Rae_vallavalitsus, lk 131
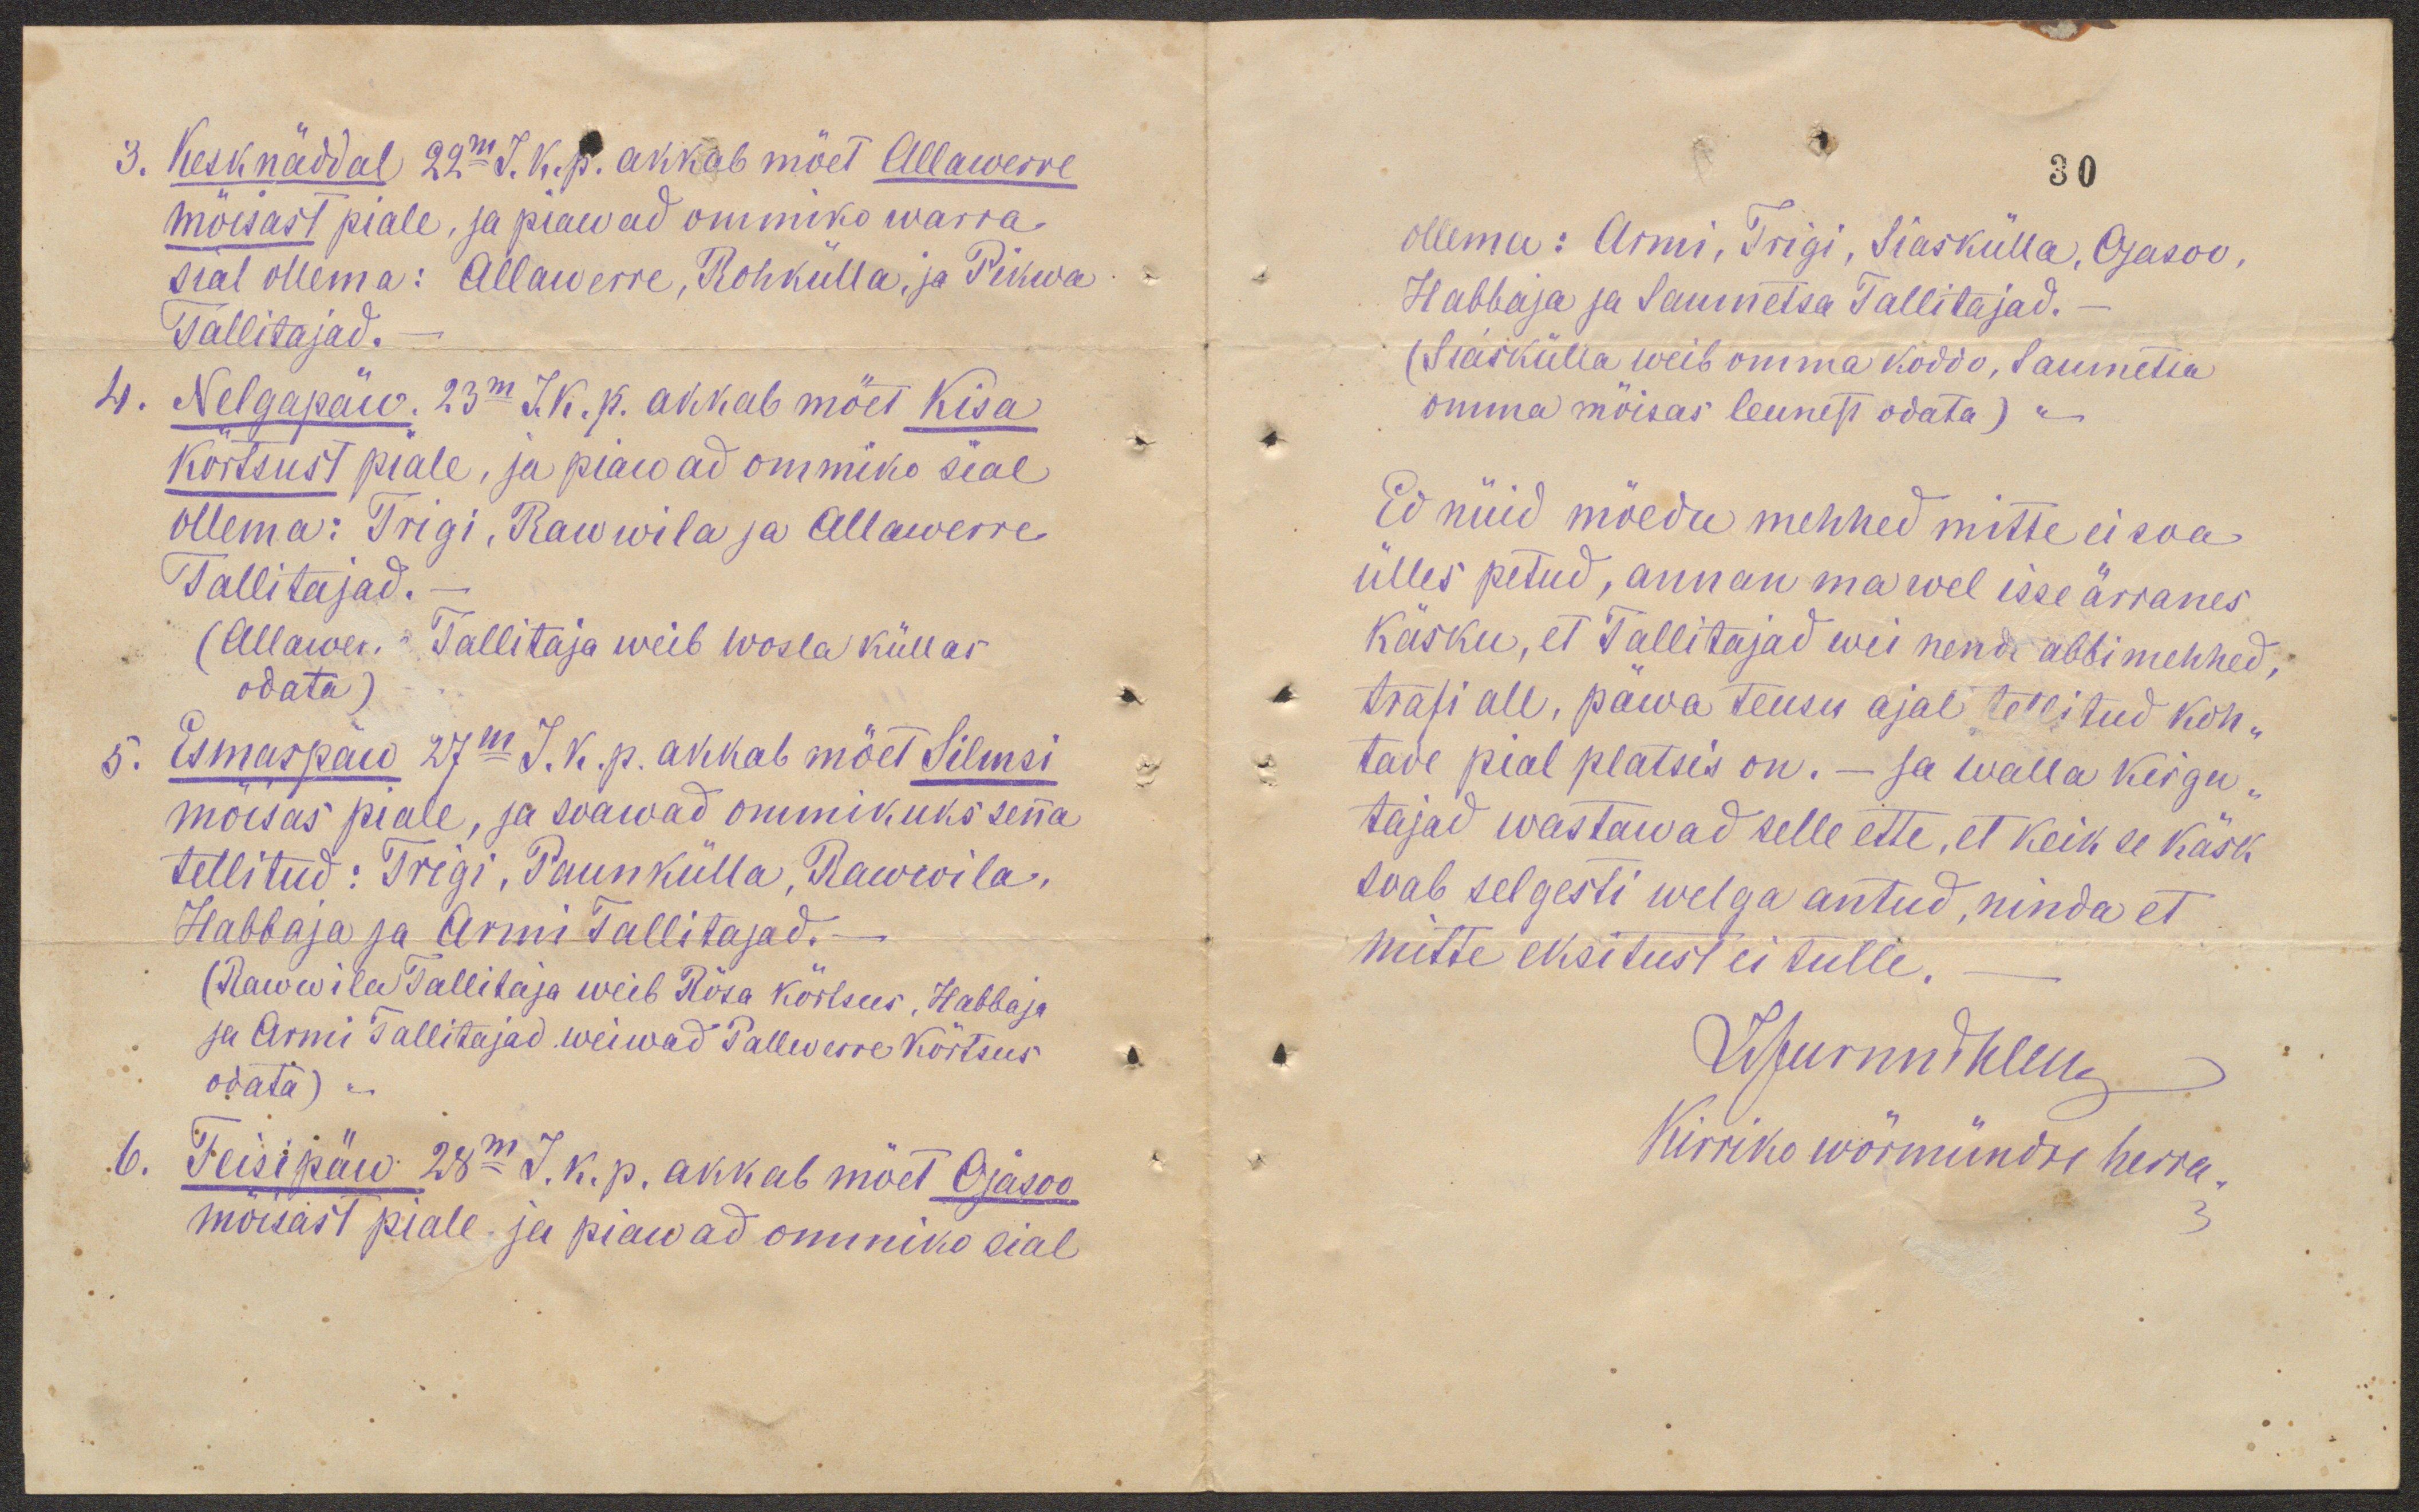
3. Kesknäddal 22m J.k.p. akkab mõet Allawerre
mõisast piale, ja piawad ommiko warra
sial ollema: Allawerre, Rohkülla, ja Pikwa
Tallitajad. -
4. Nelgapäw. 23m J.k.p. akkab mõet Kisa
kõrtsust piale, ja piawad ommiko sial
ollema: Trigi, Rawwila ja Allawerre
Tallitajad. -
(Allawerre Tallitaja weib Wosla küllas
odata)
5. Esmaspäw 27m J.k.p. akkab mõet Silmsi
mõisas piale, ja soawad ommikuks senna
tellitud: Trigi, Paunkülla, Rawwila,
Habbaja ja Armi Tallitajad. -
(Rawwila Tallitaja weib Rõsa kõrtsus, Habbaja
ja Armi Tallitajad weiwad Pallewerre kõrtsus
odata) -
6. Teisipäw 28m. J. k. p. akkab mõet Ojasoo
mõisast piale ja piawad ommiko sial

30
ollema: Armi, Trigi, Siaskülla, Ojasoo,
Habbaja ja Saumetsa Tallitajad. -
(Siaskülla weib omma koddo, Saumetsa
omma mõisas leunest odata) -
Ed nüid mõedu mehhed mitte ei soa
ülles petud, annan ma wel isse ärranes
käsku, et Tallitajad wei nende abbimehhed,
trafi all, päwa teusu ajal tellitud koh-
tade pial platsis on. - Ja walla kirgu-
tajad wastawad selle ette, et keik se käsk
soab selgesti welga antud, ninda et
mitte eksitust ei tulle. -
Kirriko wörmündri herra.